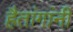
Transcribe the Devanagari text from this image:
हैतांगांनी